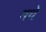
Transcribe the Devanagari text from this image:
मथे